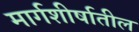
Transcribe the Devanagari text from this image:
मार्गशीर्षातील